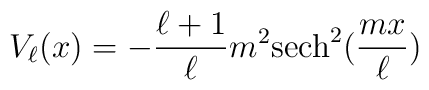
V_\ell(x) = -\frac{\ell+1}{\ell}m^2{\rm sech}^2(\frac{mx}{\ell})